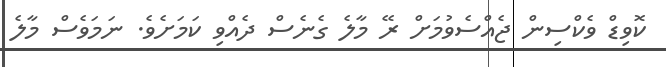
ކޮވިޑް ވެކްސިން ޖެއްސެވުމަށް ރޭ މާލެ ގެނެސް ދެއްވި ކަމަށެވެ. ނަމަވެސް މާލެ